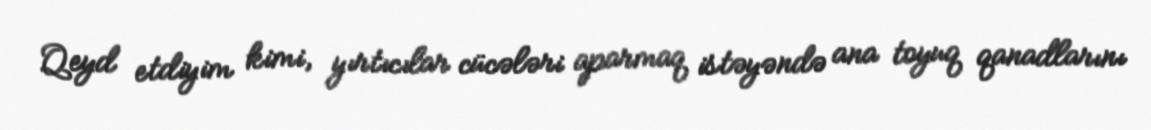
Qeyd etdiyim kimi, yırtıcılar cücələri aparmaq istəyəndə ana toyuq qanadlarını